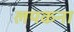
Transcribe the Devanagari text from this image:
लपकना